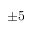
\pm 5